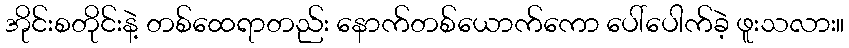
အိုင်းစတိုင်းနဲ့ တစ်ထေရာတည်း နောက်တစ်ယောက်ကော ပေါ်ပေါက်ခဲ့ ဖူးသလား။